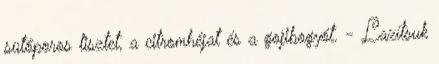
sütőporos lisztet, a citromhéjat és a gojibogyót. - Lazítsuk